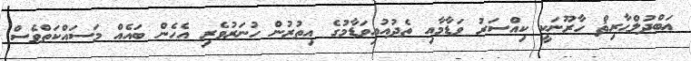
ޢަބްދުލްޙާރިޘް ހާރޫނަކީ ކިއްސަރު ވަޑާމާއި ތެދުއުއިވަޑާމުގެ އިތުރުން ހުނަރުވެރި އެހެން ބައެއް މަސައްކަތްވެސް